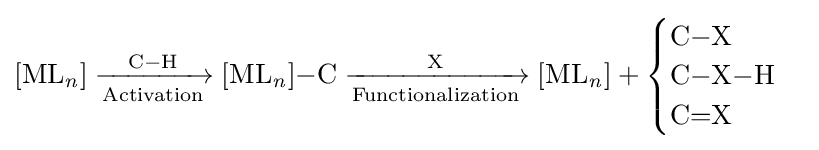
{[\mathrm {ML} {\vphantom {A}}_{\smash[{t}]{\mathit {n}}}]{}\mathrel {\xrightarrow[{\mathrm {Activation} }]{\mathrm {C} {-}\mathrm {H} }} {}[\mathrm {ML} {\vphantom {A}}_{\smash[{t}]{\mathit {n}}}]{-}\mathrm {C} {}\mathrel {\xrightarrow[{\mathrm {Functionalization} }]{\mathrm {X} }} {}[\mathrm {ML} {\vphantom {A}}_{\smash[{t}]{\mathit {n}}}]}+{\begin{cases}{\mathrm {C} {-}\mathrm {X} }\\{\mathrm {C} {-}\mathrm {X} {-}\mathrm {H} }\\{\mathrm {C} {=}\mathrm {X} }\end{cases}}